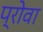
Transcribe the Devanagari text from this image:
प्रोवा